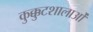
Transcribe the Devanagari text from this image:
कुक्कुटशालाओं